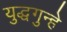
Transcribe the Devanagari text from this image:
युद्धगुन्हे